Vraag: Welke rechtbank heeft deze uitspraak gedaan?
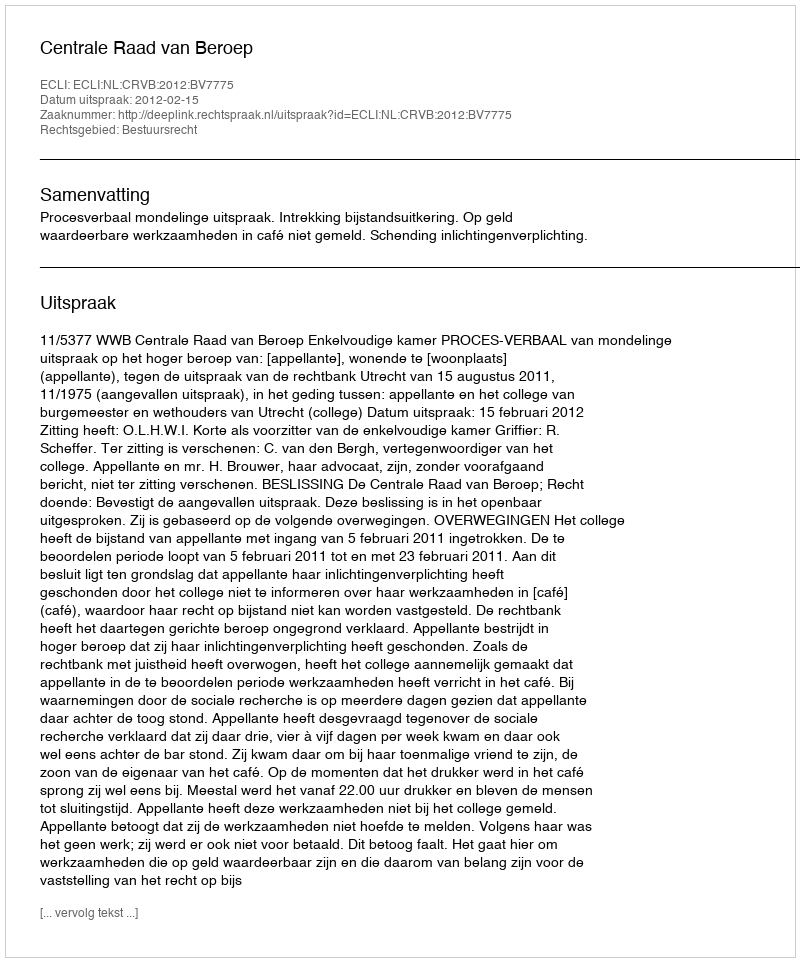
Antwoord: Centrale Raad van Beroep